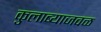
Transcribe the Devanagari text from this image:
कुलाब्याजवळ